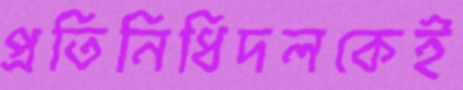
প্রতিনিধিদলকেই